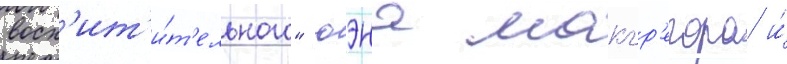
восх'ит'и́т'ельного" юэна макгр'егора и́